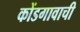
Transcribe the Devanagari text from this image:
कोंडगावाची